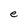
Character: e